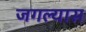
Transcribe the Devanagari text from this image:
जगल्यास